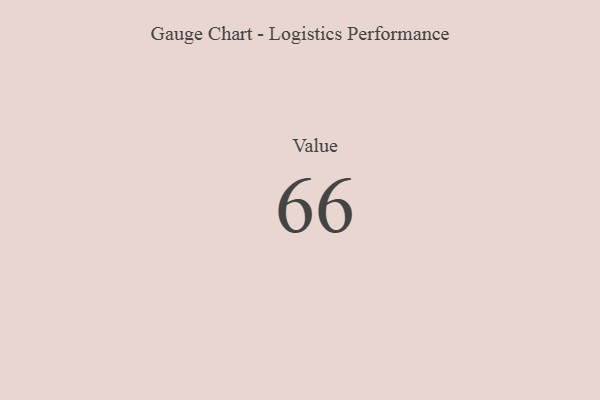
{"axis": {"x": "Metric", "y": "Value"}, "legend": [""], "data": [{"x": "Value", "y": 66, "type": ""}]}